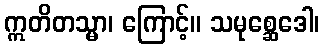
ဣတိတသ္မာ၊ ကြောင့်။ သမုစ္ဆေဒေါ၊